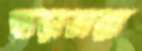
হাড়াভাঙ্গা